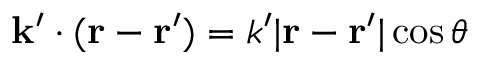
\mathbf { k } ^ { \prime } \cdot ( \mathbf { r } - \mathbf { r } ^ { \prime } ) = k ^ { \prime } | \mathbf { r } - \mathbf { r } ^ { \prime } | \cos \theta